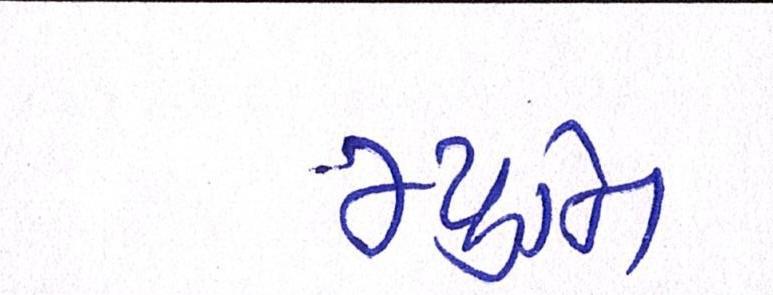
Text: મ્યુનિ